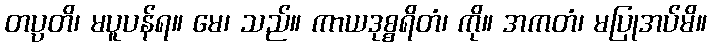
တပ္ပတိ၊ မပူပန်ရ။ မေ၊ သည်။ ကာယဒုစ္စရိတံ၊ ကို။ အကတံ၊ မပြုအပ်မိ။